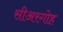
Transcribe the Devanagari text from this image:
सीअरगोह